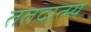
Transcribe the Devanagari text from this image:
ततदात्म्य